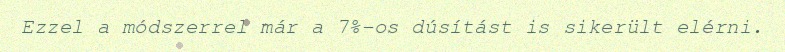
Ezzel a módszerrel már a 7%-os dúsítást is sikerült elérni.